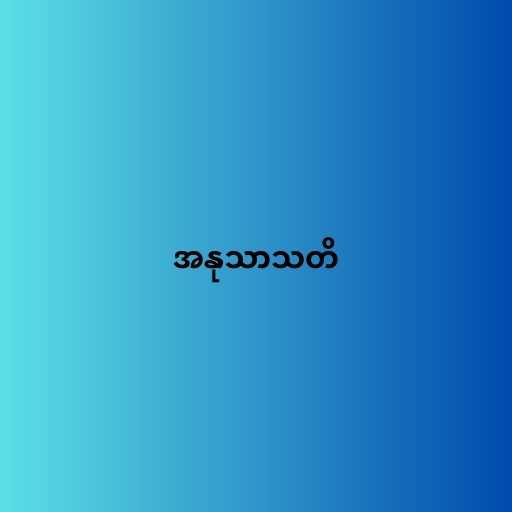
အနုသာသတိ